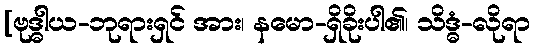
[ဗုဒ္ဓါယ-ဘုရားရှင် အား၊ နမော-ရှိခိုးပါ၏၊ သိဒ္ဓံ-လိုရာ